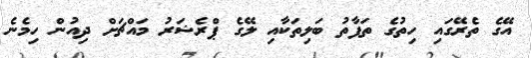
އޭގެ ތެރޭގައި ހިތުގެ ތަފާތު ބަލިތަކާއި ލޭގެ ޕްރެޝަރު މައްޗަށް ދިއުން ހިމެނެ